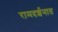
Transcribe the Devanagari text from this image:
रामदर्शनात